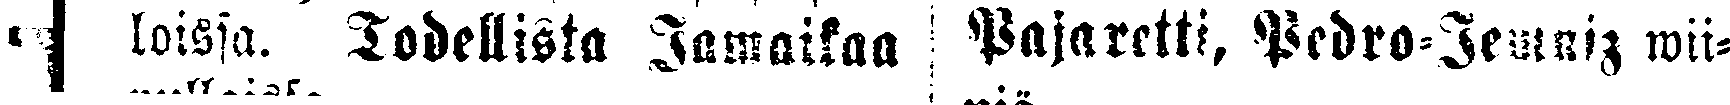
# loissa. Todellista Jamaikaa  Pajaretti, Pedro-Jemniz wii-